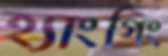
হ্যাংগিং